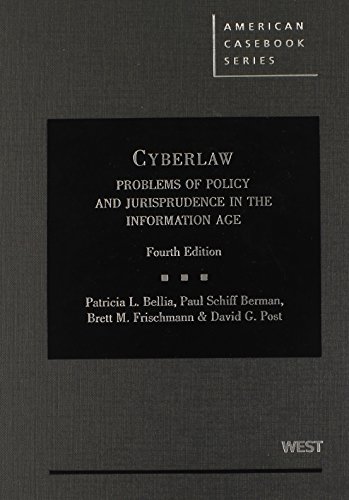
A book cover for Cyberlaw: Problems of Policy and Jurisprudence in the Information Age, 4th (American Casebook Series); Patricia Bellia; Computers & Technology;